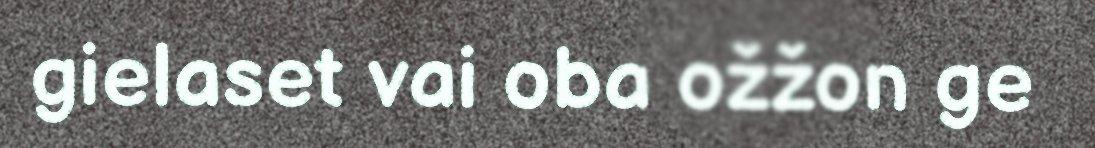
gielaset vai oba ožžon ge